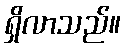
ရှိလာသည်။